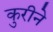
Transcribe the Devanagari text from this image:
कुरीने